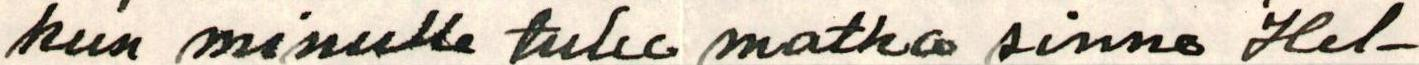
kun minulle tulee matka sinne Hel-